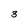
Character: 3